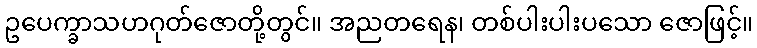
ဥပေက္ခာသဟဂုတ်ဇောတို့တွင်။ အညတရေန၊ တစ်ပါးပါးပသော ဇောဖြင့်။